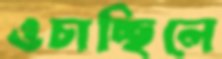
ওচাচ্ছিলে